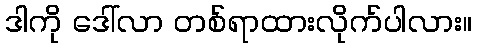
ဒါကို ဒေါ်လာ တစ်ရာထားလိုက်ပါလား။